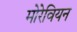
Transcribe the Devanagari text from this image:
मोरेवियन